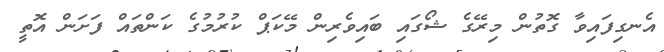
އެނގިފައިވާ ގޮތުން މިރޭގެ ޝޯގައި ބައިވެރިން މޭކަޕް ކުރުމުގެ ކަންތައް ފަށަން އޮތީ